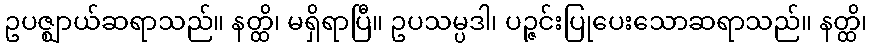
ဥပဇ္ဈာယ်ဆရာသည်။ နတ္ထိ၊ မရှိရာပြီ။ ဥပသမ္ပဒါ၊ ပဉ္ဇင်းပြုပေးသောဆရာသည်။ နတ္ထိ၊